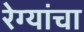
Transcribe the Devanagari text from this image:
रेग्यांचा